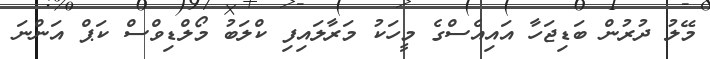
މޭލު ދުރުން ބަޑިޖަހާ އައިއެސްގެ މީހަކު މަރާލައިފި ކްލަބު މޯލްޑިވްސް ކަޕް އަންނަ